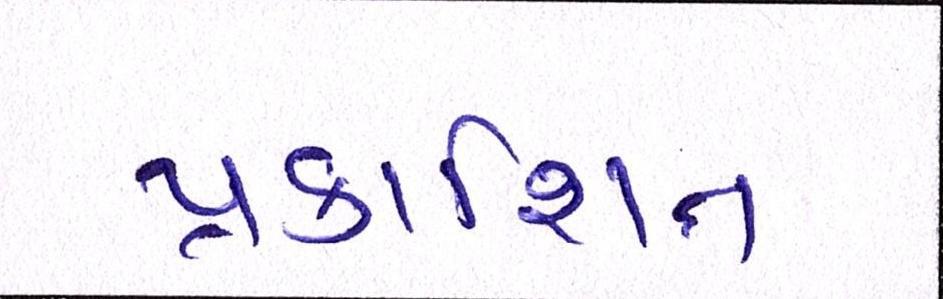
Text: પ્રકાશિત